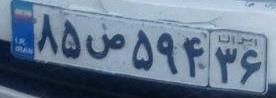
۸۵ص۵۹۴۳۶